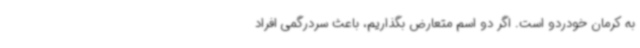
به کرمان خودردو است. اگر دو اسم متعارض بگذاریم، باعث سردرگمی افراد